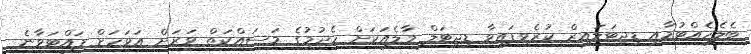
ބެލެހެއްޓުމާއި ޑިޖިޓަލައިޒް ކުރެވިފައިވާ ޑިޖިޓަލް މާލެއަކަށް ހެދުމުގެ މަސައްކަތް ވަރަށް އަވަހަށް ފައްޓަވާނެ